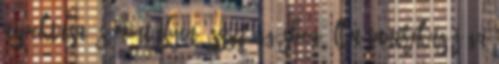
aspektusa, s mint ilyen összefüggésben áll a tantrikus jóga